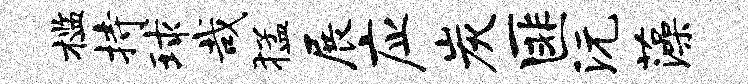
槛持球哉猛展应炭匪沅藻